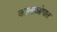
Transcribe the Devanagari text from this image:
कालाओघात